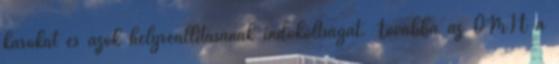
károkat és azok helyreállításának indokoltságát. Továbbá az OMIT a